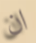
ان